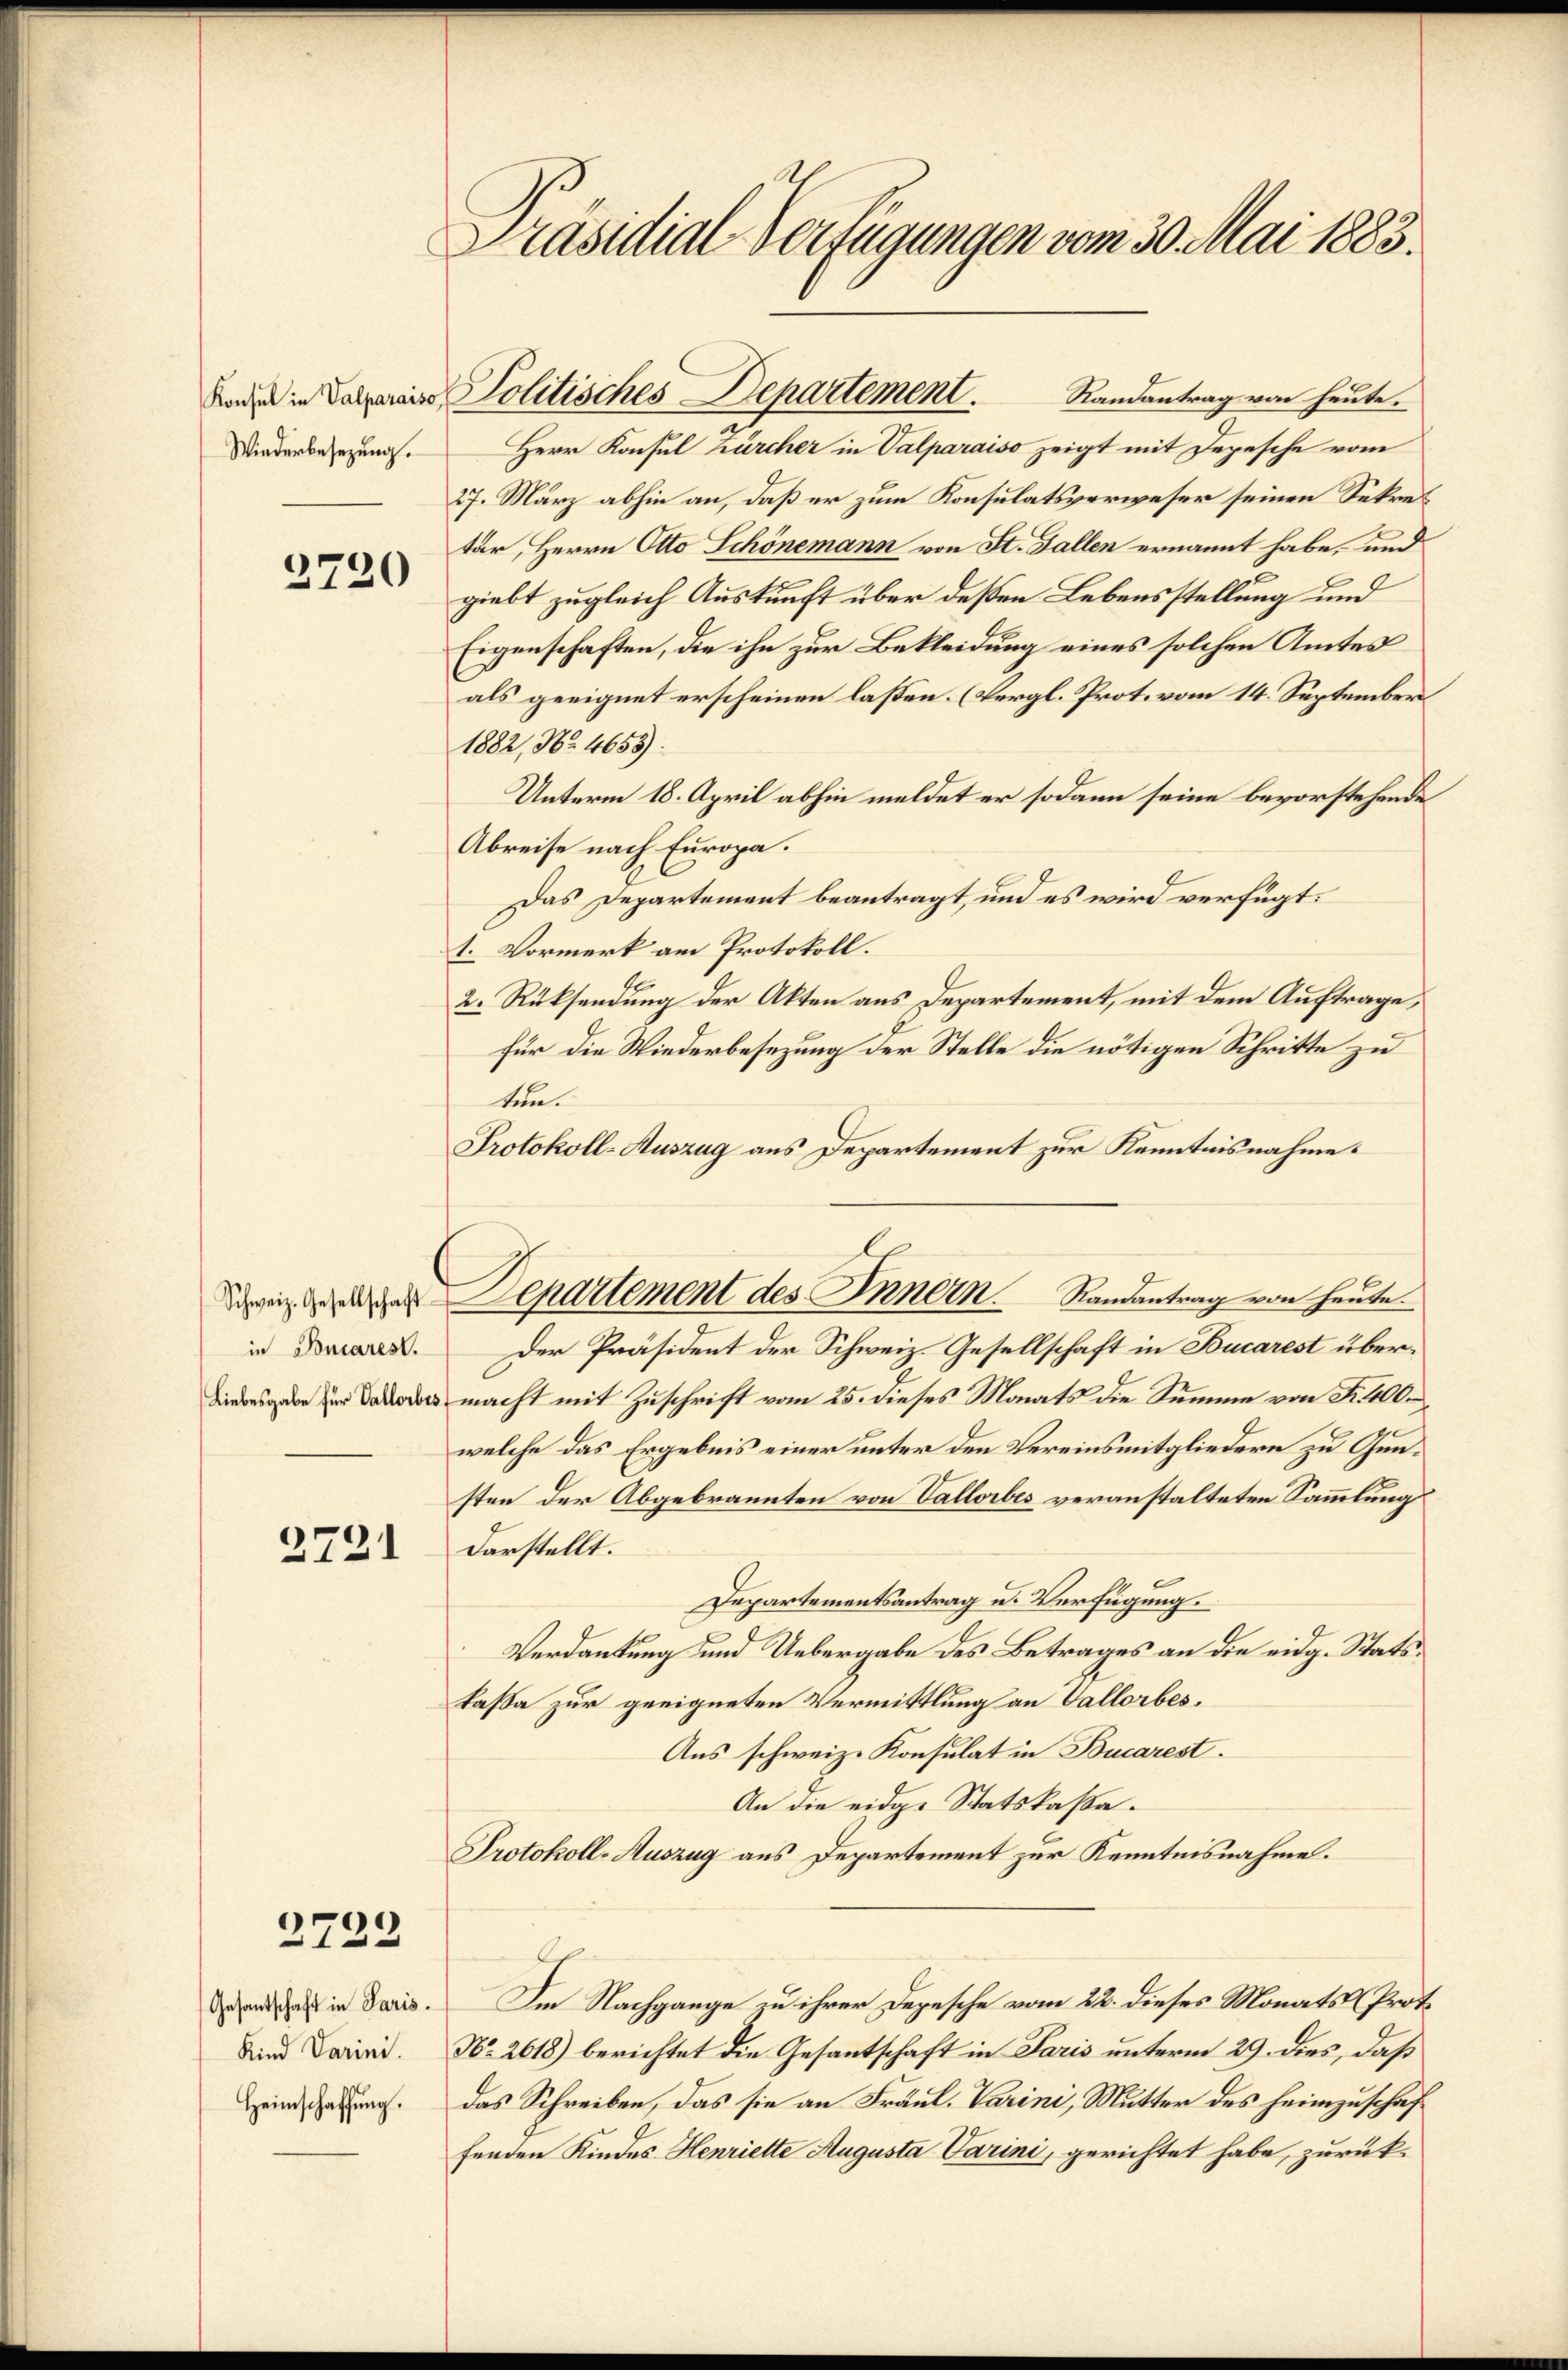
Konsul in Valparaiso
Wiederbesezung.

2720

in Boncarest.

2721

2722

Präsidial-Verfügungen vom 30. Mai 1883.

Gesantschaft in Paris.
Kind Varini.
Heimschaffung.

Randantrag von heute.
Herr Konsul Zürcher in Valparaiso zeigt mit Depesche vom
27. März abhin an, daß er zum Konsulatsverweser seinen Sekretär, Herrn Otto Schönemann von St. Gallen ernannt habe, und
giebt zugleich Auskunft über deßen Lebensstellung und
Eigenschaften, die ihn zur Bekleidung eines solchen Amtes
als geeignet erscheinen lassen. (Vergl. Prot. vom 14. September
1882, No 4655).
Unterm 18. April abhin meldet er sodann seine bevorstehende
Abreise nach Europa.
Das Departement beantragt, und es wird verfügt:
1. Vormerk am Protokoll.
2. Rücksendung der Akten aus Departement, mit dem Auftrage,
Für die Wiederbesezung der Stelle die nötigen Schritte zu
ten.
Protokoll-Auszug aus Departement zur Kenntnisnahme.
Der Präsident der Schweiz. Gesellschaft in Bucarest über¬
 Das macht mit Zuschrift vom 25. dieses Monats die Summe von Nr. 400.
ge
welche das Ergebnis einer unter den Vereinsmitgliedern zu Gunsten der Abgebrannten von Vallorbes veranstalteten Sammlung
darstellt.
e
Departementsantrag u. Verfügung.
Verdankung und Uebergabe des Betrages an die eidg. Statskaßa zur geeigneten Vermittlung an Vallorbes¬
Aus schweiz. Konsulat in Bucarest.
An die eidge Statskassa¬
Protokoll-Auszug aus Departement zur Kenntnisnahme.
Im Nachgange zu ihrer Depesche vom 22. dieses Monats-Prot.
No. 2618) berichtet die Gesantschaft in Paris unterm 29. dies, daß
das Schreiben, das sie an Fräul. Varini, Mutter des Heimzuschaffenden Kindes Henriette Augusta Varini, gerichtet habe, zurück¬

eie Departement des Innern. Randantrag von heute.

Politisches Departement.